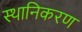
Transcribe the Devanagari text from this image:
स्थानिकरण